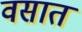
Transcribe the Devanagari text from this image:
वसात